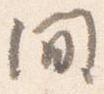
間